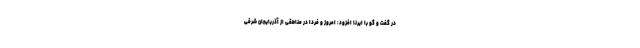
در گفت و گو با ایرنا افزود: امروز و فردا در مناطقی از آذربایجان شرقی